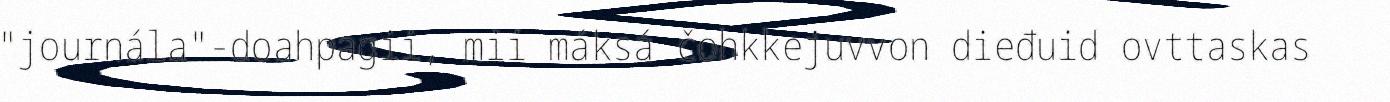
"journála"-doahpagii, mii máksá čohkkejuvvon dieđuid ovttaskas